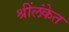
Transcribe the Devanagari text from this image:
श्रींलंकेत